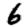
Digit: 6